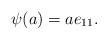
LaTeX: \begin{align*}\psi(a)=ae_{11}.\end{align*}